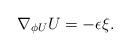
LaTeX: \begin{align*}\nabla_{\phi U}U=-\epsilon\xi.\end{align*}